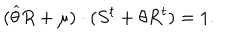
( \widehat { \theta } R + \mu ) \cdot ( S ^ { t } + \theta R ^ { t } ) = 1 .